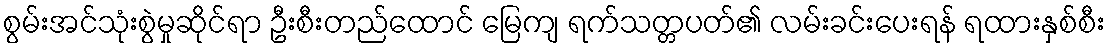
စွမ်းအင်သုံးစွဲမှုဆိုင်ရာ ဦးစီးတည်ထောင် မြေကျ ရက်သတ္တပတ်၏ လမ်းခင်းပေးရန် ရထားနှစ်စီး